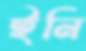
ইনি